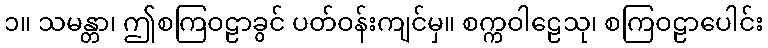
၁။ သမန္တာ၊ ဤစကြဝဠာခွင် ပတ်ဝန်းကျင်မှ။ စက္ကဝါဠေသု၊ စကြဝဠာပေါင်း